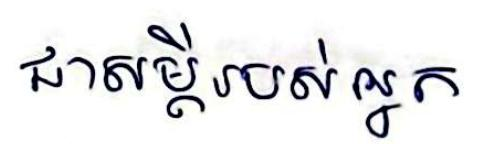
ជាសម្ដីរបស់អ្នក